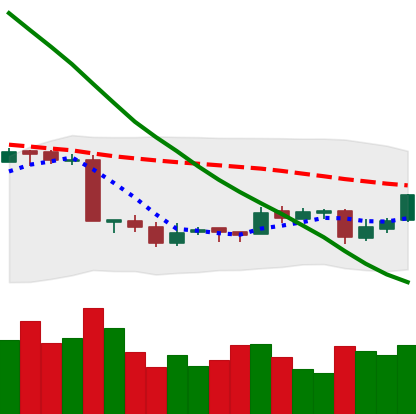
Ticker: EOS-USD
Chart end date: 2018-09-20
Forward return: -6.307%
Label: down_5_7